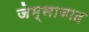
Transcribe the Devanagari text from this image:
जेम्साबाद